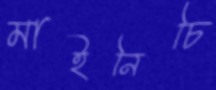
মাইনিচি